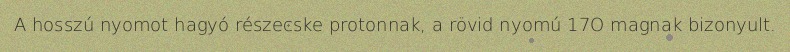
A hosszú nyomot hagyó részecske protonnak, a rövid nyomú 17O magnak bizonyult.